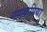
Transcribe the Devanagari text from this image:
गणकप्रिया